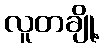
လူတချို့